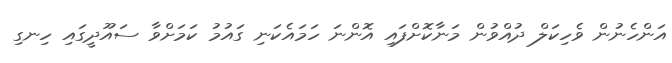
އަންހެނުން ވެހިކަލް ދުއްވުން މަނާކޮށްފައި އޮންނަ ހަމައެކަނި ގައުމު ކަމަށްވާ ސައޫދީގައި ހިނގި